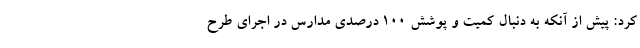
کرد: پیش از آنکه به دنبال کمیت و پوشش ۱۰۰ درصدی مدارس در اجرای طرح